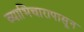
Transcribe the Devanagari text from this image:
व्याभिचारापासून